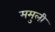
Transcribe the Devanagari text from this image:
ममुली